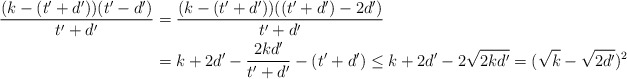
\begin{align*}\frac{(k-(t'+d'))(t'-d')}{t'+d'}&=\frac{(k-(t'+d'))((t'+d')-2d')}{t'+d'}\\&=k+2d'-\frac{2kd'}{t'+d'}-(t'+d')\le k+2d'-2\sqrt{2kd'}=(\sqrt{k}-\sqrt{2d'})^2\end{align*}